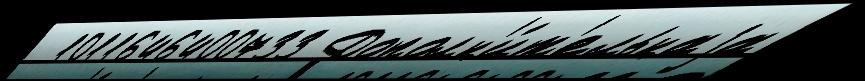
  1011646400733 Дополн'и́т'ельнаjа